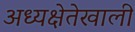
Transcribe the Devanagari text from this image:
अध्यक्षेतेखाली